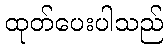
ထုတ်ပေးပါသည်